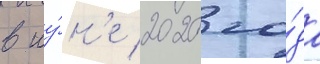
в иу́н'е 2020 го́да